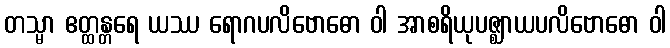
တသ္မာ ဧတ္ထန္တရေ ယဿ ရောဂပလိဗောဓော ဝါ အာစရိယုပဇ္ဈာယပလိဗောဓော ဝါ